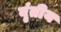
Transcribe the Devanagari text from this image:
वृंतीय